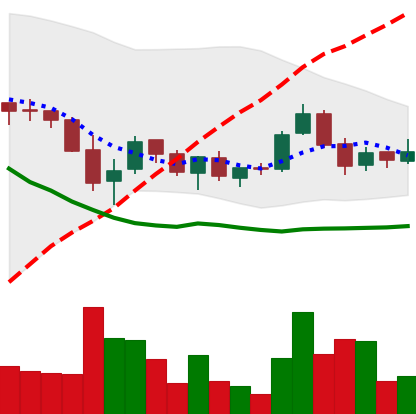
Ticker: TRX-USD
Chart end date: 2018-05-26
Forward return: -17.251%
Label: down_7plus